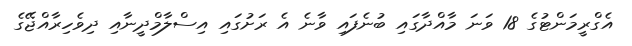
އެގްރީމަންޓުގެ 18 ވަނަ މާއްދާގައި ބުނެފައި ވާނެ އެ ރަށުގައި އިސްލާމްދީނާއި ދިވެހިރާއްޖޭގެ